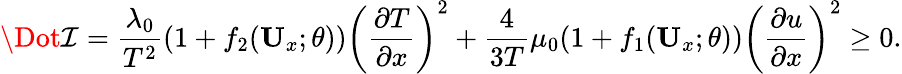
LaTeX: \mathcal{\Dot{I}}=\frac{\lambda_{0}}{T^{2}}(1+f_{2}(\textbf{U}_{x};\theta))\left(\frac{\partial T}{\partial x}\right)^{2}+\frac{4}{3T}\mu_{0}(1+f_{1}(\textbf{U}_{x};\theta))\left(\frac{\partial u}{\partial x}\right)^{2}\ge 0.